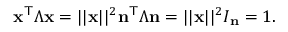
\mathbf { x } ^ { \mathsf { T } } { \boldsymbol { \Lambda } } \mathbf { x } = | | \mathbf { x } | | ^ { 2 } \mathbf { n } ^ { \mathsf { T } } { \boldsymbol { \Lambda } } \mathbf { n } = | | \mathbf { x } | | ^ { 2 } I _ { \mathbf { n } } = 1 .